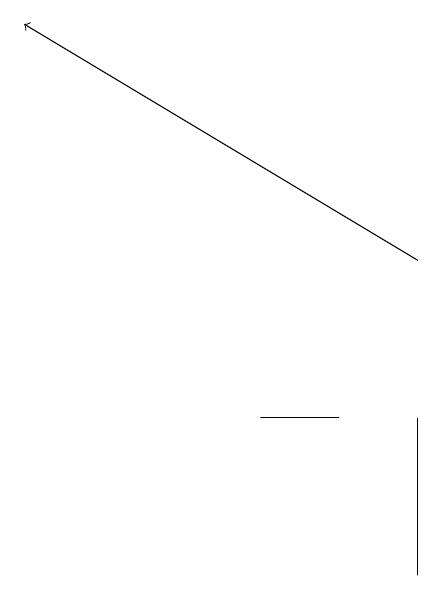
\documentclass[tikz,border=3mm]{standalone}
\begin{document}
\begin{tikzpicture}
\draw (7,13) rectangle (6,13);
\draw[->] (8,15) -- (3,18);
\draw (8,11) rectangle (8,13);
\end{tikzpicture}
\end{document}